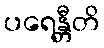
ပရေန္တီတိ